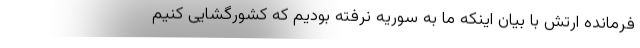
فرمانده ارتش با بیان اینکه ما به سوریه نرفته بودیم که کشورگشایی کنیم